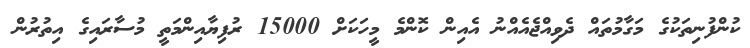
ކުންފުނިތަކުގެ މަގާމުތައް ދެވިއްޖެއެއްނު އެއިން ކޮންމެ މީހަކަށް 15000 ރުފިޔާއިންމަތީ މުސާރައިގެ އިތުރުން